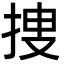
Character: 捜